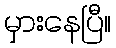
မှားနေပြီ။